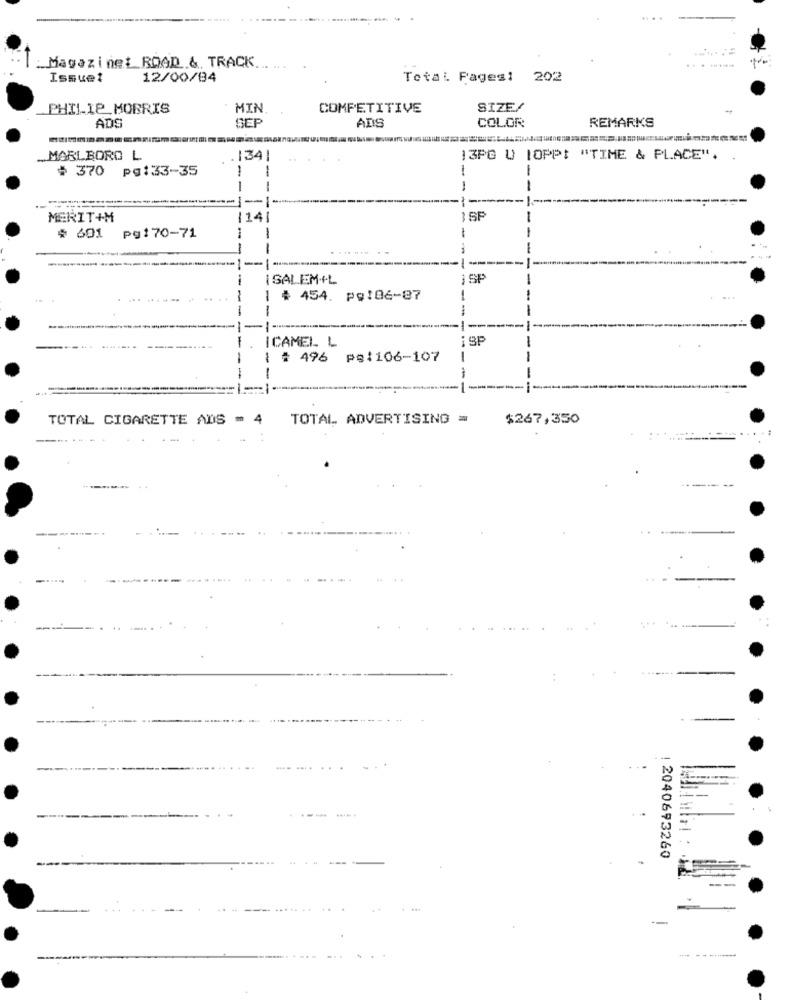
: Magazinet ROAD & TRACK.
Issue?
12/00/04
Total Pages: 202
PHILIP MORRIS
MIN
COMPETITIVE
SIZE/
REMARKS
ADE
SEP
ADS
COLOR
... MARLBORO L
134
3PG U [OPPI "TIME & PLACE".
# 370 pg:33-35
1
1
1
1
-
MERIT+M
1141
-
--
1SP
-
# 601
pg170-71
-
----
-
-
SALEM+L
iSP
-
# 454. pg:06-87
----
ICAMEL L
iSP
-
| # 496 ps:106-107
-
-
TOTAL CIGARETTE ADS - 4
TOTAL ADVERTISING =
$267,350
..
1 2040693260